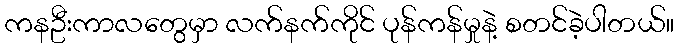
ကနဦးကာလတွေမှာ လက်နက်ကိုင် ပုန်ကန်မှုနဲ့ စတင်ခဲ့ပါတယ်။